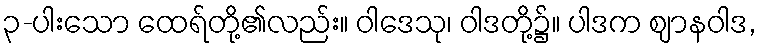
၃-ပါးသော ထေရ်တို့၏လည်း။ ဝါဒေသု၊ ဝါဒတို့၌။ ပါဒက ဈာနဝါဒ,